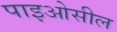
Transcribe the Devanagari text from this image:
पाइओसील